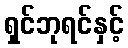
ရှင်ဘုရင်နှင့်